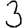
Digit: 3